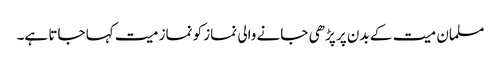
مسلمان میت کے بدن پر پڑھی جانے والی نماز کو نماز میت کہا جاتا ہے۔